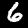
Digit: 6